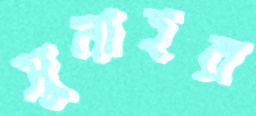
সুনাহর